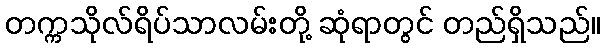
တက္ကသိုလ်ရိပ်သာလမ်းတို့ ဆုံရာတွင် တည်ရှိသည်။